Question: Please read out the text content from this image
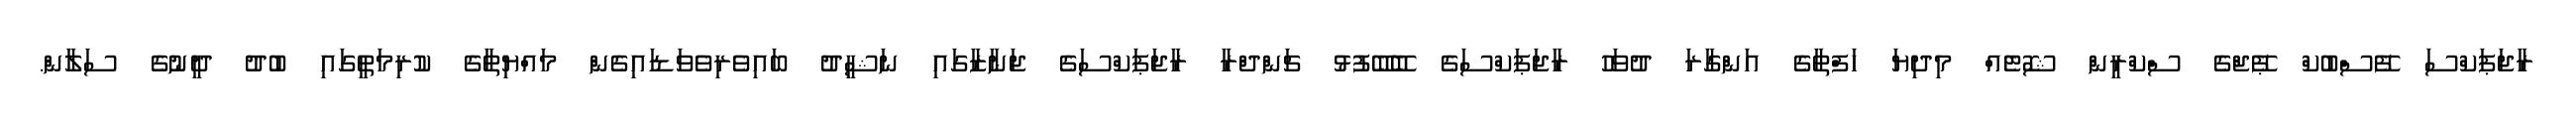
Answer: ރާޖަޕަކްސަ ފޭސްބުކް ޕޭޖްގެ ސްކްރީން ޝޮޓެއް މިދިޔަ ހަފްތާގެ އަންގާރަ ދުވަހު ރާޖަޕަކްސަގެ ބޭބޭފުޅު ޗަންދްރާ ރާޖަޕަކްސަގެ ޖަނާޒާގައި ނަޝީދު ބައިވެރިވެވަޑައިގެން މައްޔިތާގެ ކުރިމަތީގައި ބުދު ދީނުގެ ސަލާން.